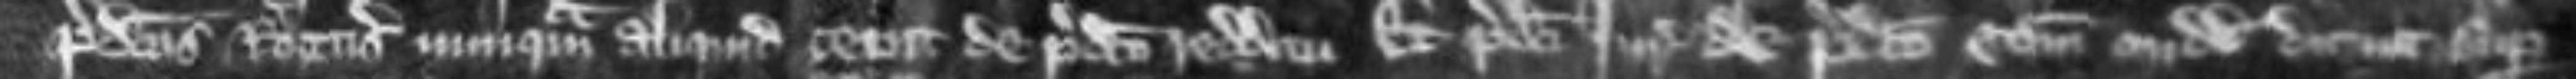
predictus Rogerus numquam aliquid cepit de predicto redditu Et predicti jurati de predicto comitatu Midd dicunt super